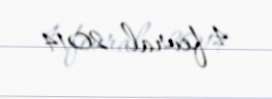
4 fevral 2014